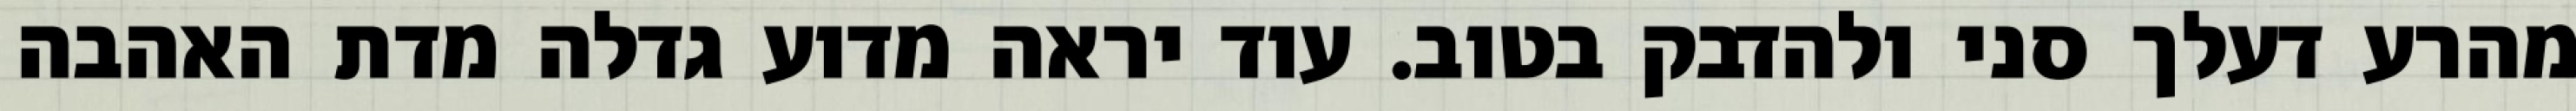
מהרע דעלך סני ולהדבק בטוב. עוד יראה מדוע גדלה מדת האהבה